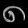
Digit: ၈